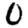
Digit: 0